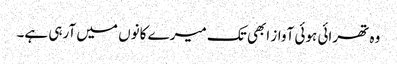
وہ تھرائی ہوئی آواز ابھی تک میرے کانوں میں آرہی ہے۔